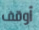
أوقف